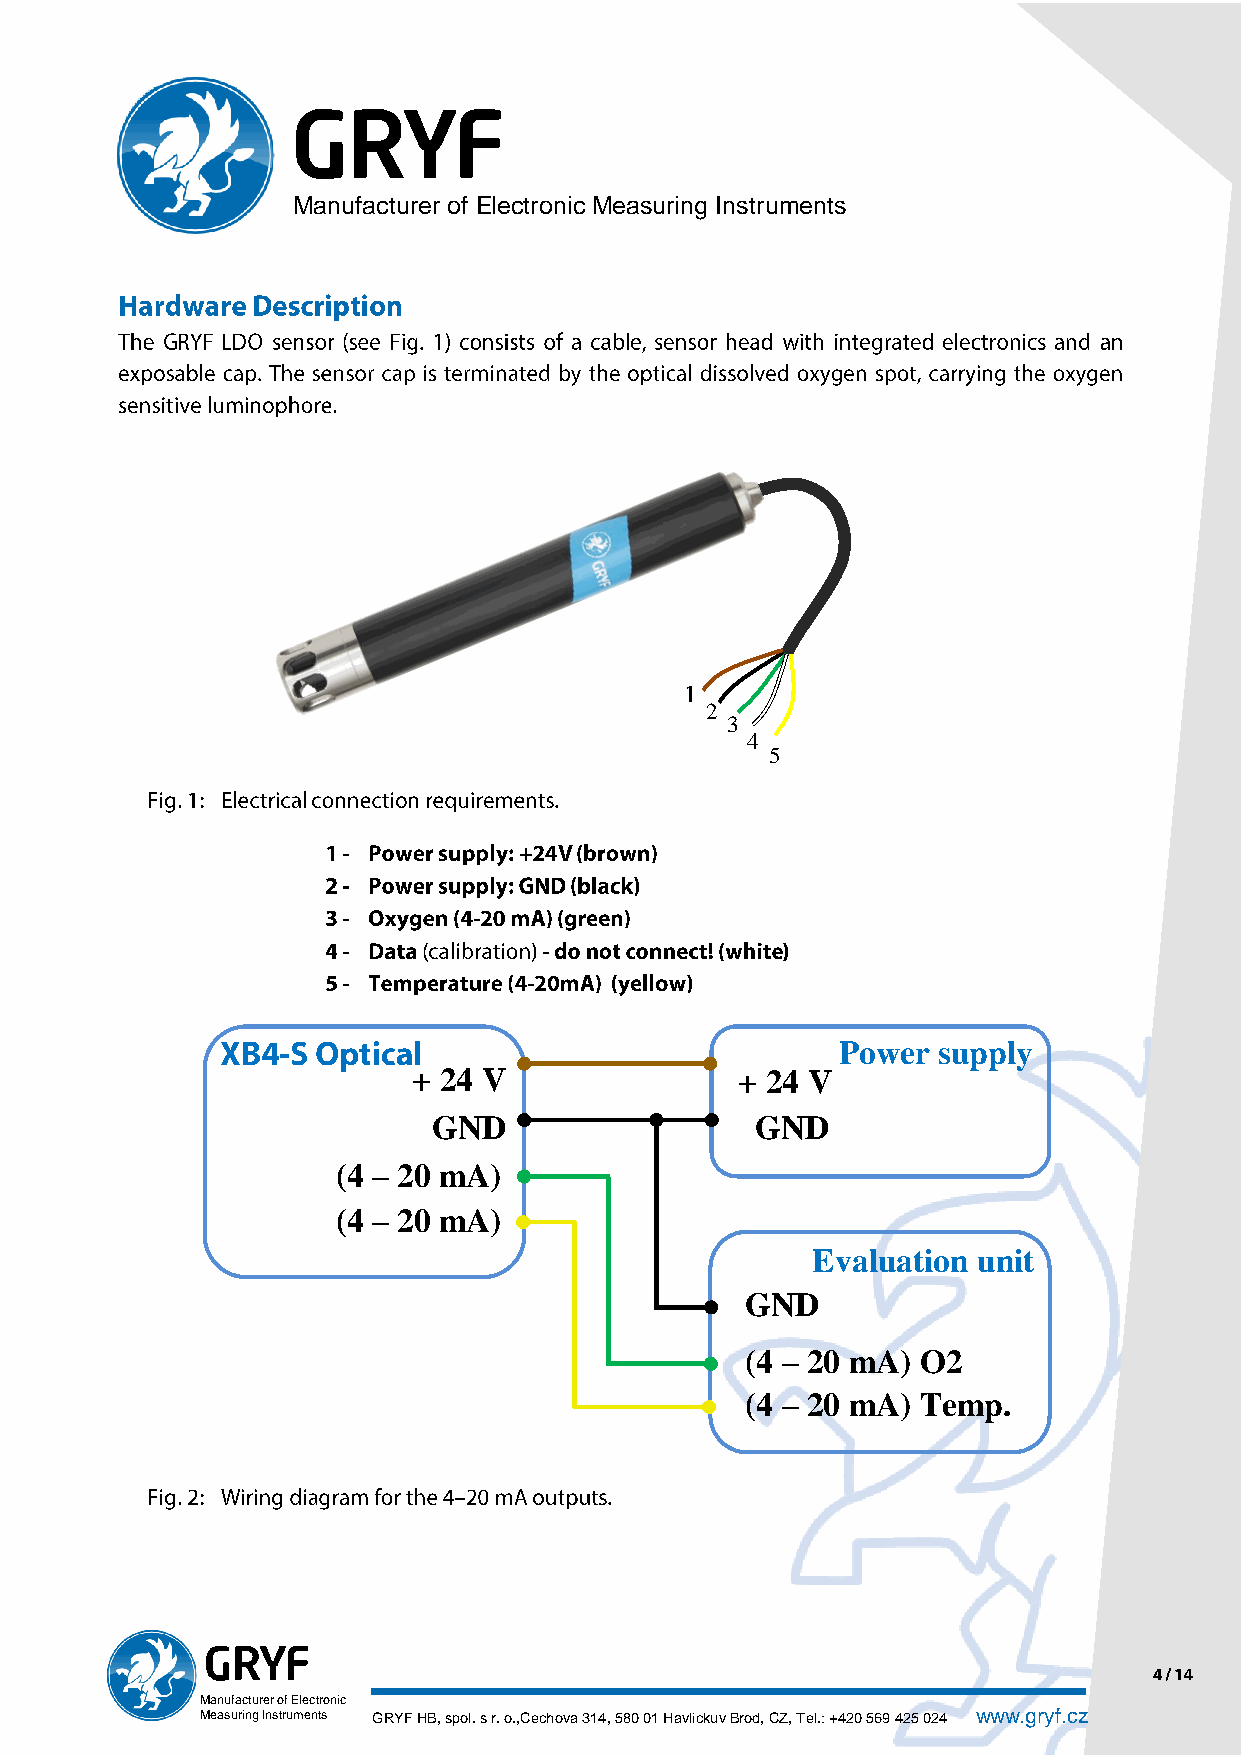
Manufacturer of Electronic Measuring Instruments
 2
 3
 4
 5
 Power supply
 + 24 V                + 24 V
 GND                  GND
 (4 – 20 mA)
 (4 – 20 mA)
 Evaluation unit
 GND
 (4 – 20 mA) O2
 (4 – 20 mA) Temp.
 Manufacturer of Electronic
 Measuring Instruments GRYF HB, spol. s r. o.,Cechova 314, 580 01 Havlickuv Brod, CZ, Tel.: +420 569 425 024 www.gryf.cz